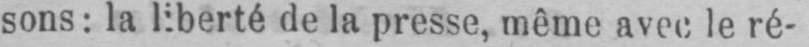
sons: la liberté de la presse, même avec le ré-